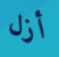
أزل